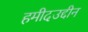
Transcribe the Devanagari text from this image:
हमीदउद्दीन